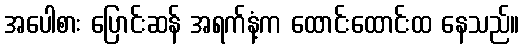
အပေါစား ပြောင်းဆန် အရက်နံ့က ထောင်းထောင်းထ နေသည်။